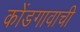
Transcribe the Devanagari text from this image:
कोंडगावाची